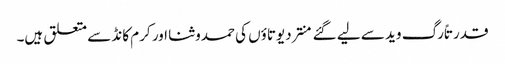
قدرتاً رگ وید سے لیے گئے منتر دیوتاؤں کی حمدوثنا اور کرم کانڈ سے متعلق ہیں۔